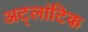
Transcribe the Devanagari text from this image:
अट्लांटिक